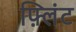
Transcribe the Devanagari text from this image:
फ़्लिंट